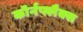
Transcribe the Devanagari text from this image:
कॉर्नफ्लैक्स